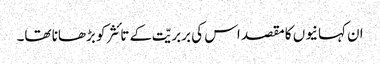
ان کہانیوں کا مقصد اس کی بربریّت کے تائثر کو بڑھانا تھا۔